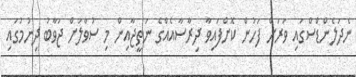
ނެދަލެންޑްސްގައި ވަރަށް ފަހުން ކޮށްފައިވާ ދިރާސާއެއްގެ ނަތީޖާއިން މި ސުވާލަށް ޖަވާބު ދިނުމުގައި